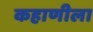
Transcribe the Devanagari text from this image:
कहाणीला